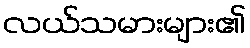
လယ်သမားများ၏